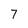
Character: 7